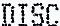
DISC